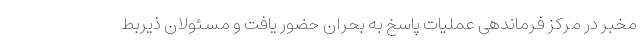
مخبر در مرکز فرماندهی عملیات پاسخ به بحران حضور یافت و مسئولان ذیربط